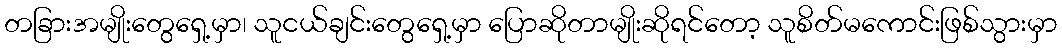
တခြားအမျိုးတွေရှေ့မှာ၊ သူငယ်ချင်းတွေရှေ့မှာ ပြောဆိုတာမျိုးဆိုရင်တော့ သူစိတ်မကောင်းဖြစ်သွားမှာ